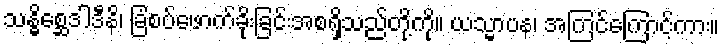
သန္ဓိစ္ဆေဒါဒီနိ၊ ခြံစပ်ဖောက်ခိုးခြင်းအစရှိသည်တို့ကို။ ယသ္မာပန၊ အကြင်ကြောင့်ကား။